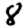
Digit: 8